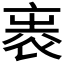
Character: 𧙵